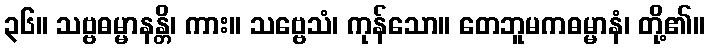
၃၆။ သဗ္ဗဓမ္မာနန္တိ၊ ကား။ သဗ္ဗေသံ၊ ကုန်သော။ တေဘူမကဓမ္မာနံ၊ တို့၏။